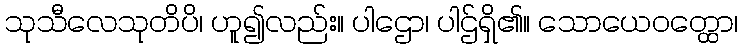
သုသီလေသုတိပိ၊ ဟူ၍လည်း။ ပါဌော၊ ပါဌ်ရှိ၏။ သောယေဝတ္ထော၊